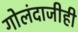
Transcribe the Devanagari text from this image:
गोलंदाजीही